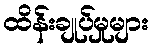
ထိန်းချုပ်မှုများ